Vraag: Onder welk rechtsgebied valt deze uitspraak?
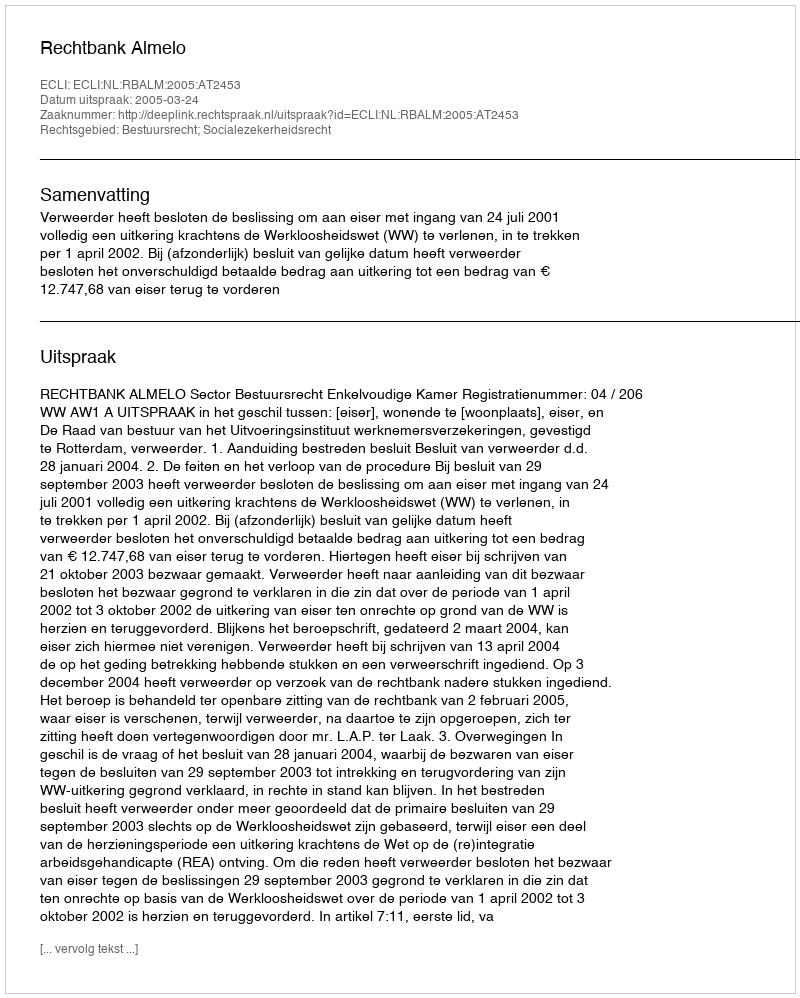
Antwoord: Bestuursrecht; Socialezekerheidsrecht